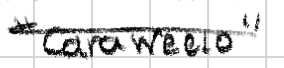
Text: "Caraweelo"
Cross-out: single-line
Writing tool: digital_black